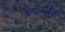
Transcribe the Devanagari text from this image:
इतिहासयज्ञों